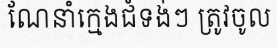
ណែនាំក្មេងជំទង់ៗ ត្រូវចូល